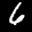
Label: 6